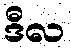
ဒီလ